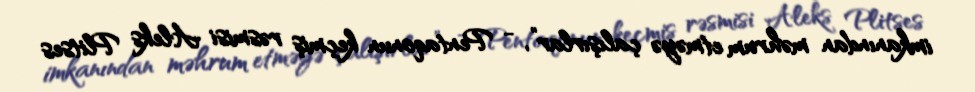
imkanından məhrum etməyə çalışırlar”, - Pentaqonun keçmiş rəsmisi Aleks Plitses